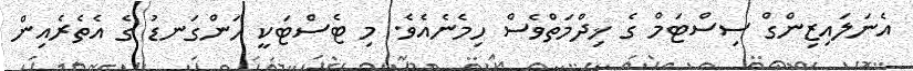
އެނަލައިޒިންގް ސިސްޓަމް ގެ ޚިދްމަތްވެސް ހިމެނެއެވެ. މި ޓެސްޓަކީ ހަންގަނޑު ގެ އެތެރެއިން